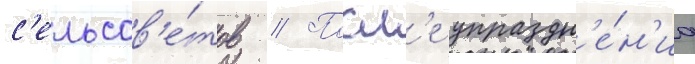
с'ельсов'е́тов // Посл'е упраздн'е́н'иа